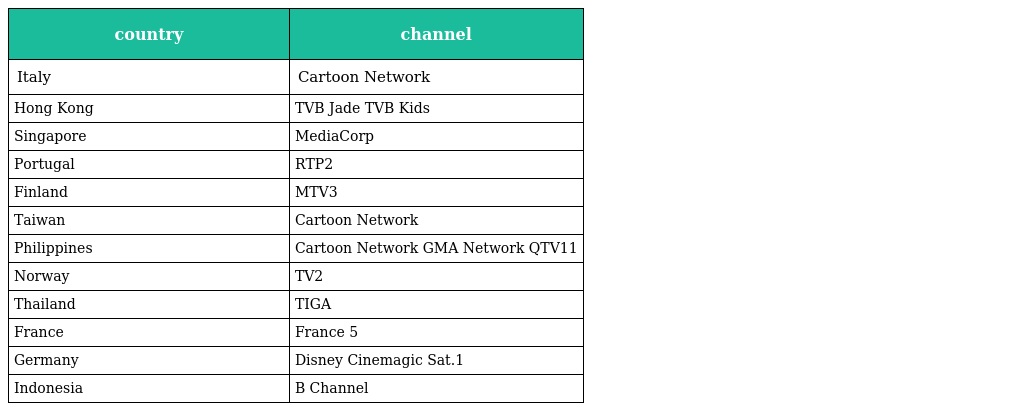
| country | channel |
 | --- | --- |
 | Italy | Cartoon Network |
 | Hong Kong | TVB Jade TVB Kids |
 | Singapore | MediaCorp |
 | Portugal | RTP2 |
 | Finland | MTV3 |
 | Taiwan | Cartoon Network |
 | Philippines | Cartoon Network GMA Network QTV11 |
 | Norway | TV2 |
 | Thailand | TIGA |
 | France | France 5 |
 | Germany | Disney Cinemagic Sat.1 |
 | Indonesia | B Channel |